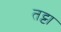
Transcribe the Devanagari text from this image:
तट्टा